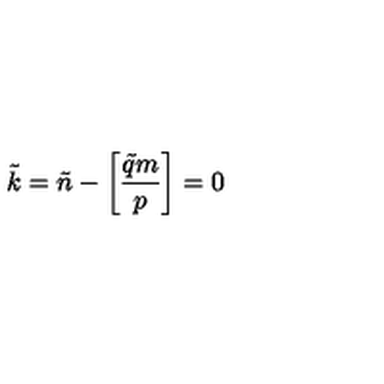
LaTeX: \tilde { k } = \tilde { n } - \left[ { \frac { \tilde { q } m } { p } } \right] = 0